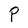
Character: P